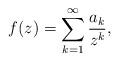
LaTeX: \begin{align*}f(z)=\sum_{k=1}^{\infty}{\frac{a_{k}}{z^{k}}},\end{align*}